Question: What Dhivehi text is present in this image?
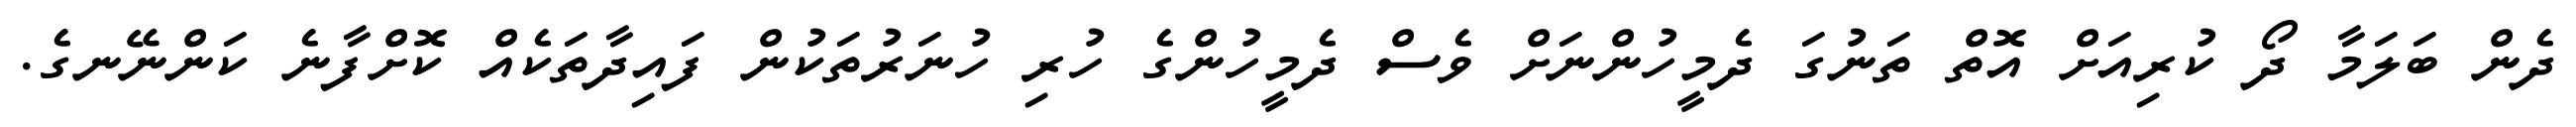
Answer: ދެން ބަލަމާ ދޯ ކުރިއަށް އޮތް ތަނުގަ ދެމީހުންނަށް ވެސް ދެމީހުންގެ ހުރި ހުނަރުތަކުން ފައިދާތަކެއް ކޮށްފާނެ ކަންނޭނގެ.